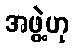
အဖွဲ့ဟု